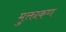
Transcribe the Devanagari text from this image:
मुक्ताकण